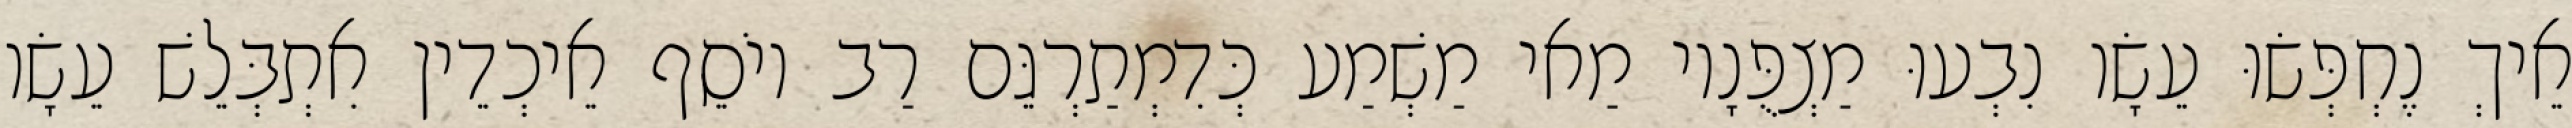
אֵיךְ נֶחְפְּשׂוּ עֵשָׂו נִבְעוּ מַצְפֻּנָיו מַאי מַשְׁמַע כְּדִמְתַרְגֵּם רַב יוֹסֵף אֵיכְדֵין אִתְבְּלֵשׁ עֵשָׂו